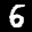
Label: 6